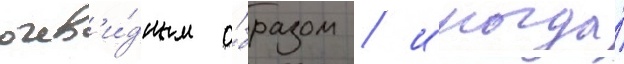
очев'и́дным о́бразом / иногда́